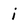
Character: i